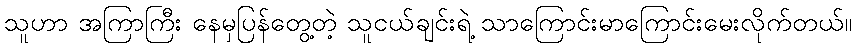
သူဟာ အကြာကြီး နေမှပြန်တွေ့တဲ့ သူငယ်ချင်းရဲ့ သာကြောင်းမာကြောင်းမေးလိုက်တယ်။